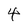
Character: 4